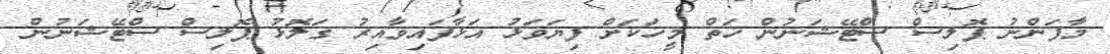
މާފަންނު ޕޮލިސް ސްޓޭޝަނުން ހަތް މީހަކަށް ފިޔަވަޅު އަޅާފައިވާއިރު ގަލޮޅު ޕޮލިސް ސްޓޭޝަނުން